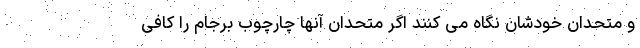
و متحدان خودشان نگاه می کنند اگر متحدان آنها چارچوب برجام را کافی